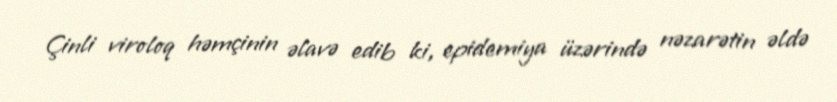
Çinli viroloq həmçinin əlavə edib ki, epidemiya üzərində nəzarətin əldə